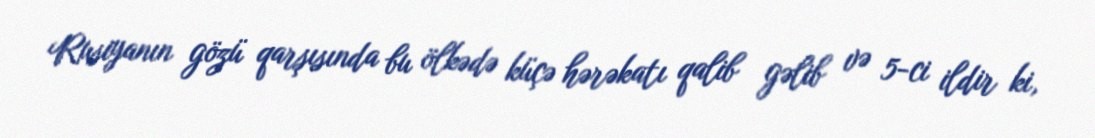
Rusiyanın gözü qarşısında bu ölkədə küçə hərəkatı qalib gəlib və 5-ci ildir ki,